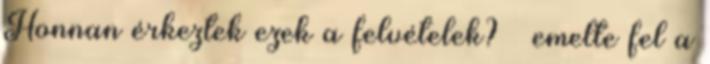
Honnan érkeztek ezek a felvételek? – emelte fel a